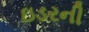
ઇડરની